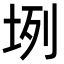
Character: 𡊻